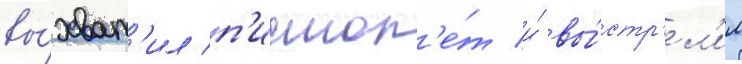
вы́хват'ил п'истол'е́т и́ вы́стр'ел'ил